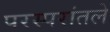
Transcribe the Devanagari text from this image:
परस्परांतले